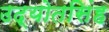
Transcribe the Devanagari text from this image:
उद्योतसिंह